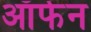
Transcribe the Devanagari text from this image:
ऑर्फन